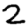
Digit: 2